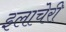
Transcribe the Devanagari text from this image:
इलाचेरी